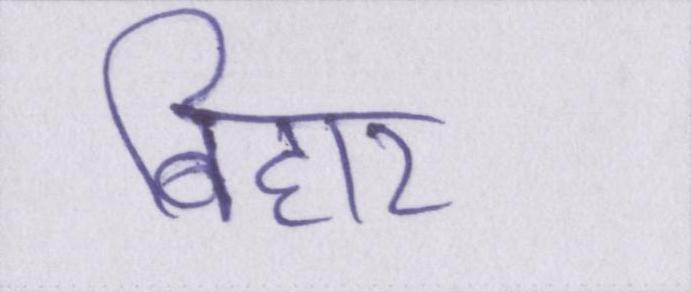
बिहार